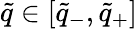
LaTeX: \tilde{q}\in[\tilde{q}_{-},\tilde{q}_{+}]